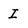
Character: I